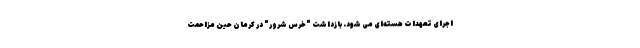
اجرای تعهدات هسته‌ای می شود. بازداشت "خرس شرور" در کرمان حین مزاحمت